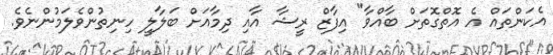
އެކަންތައް އެ އޮތްގޮތަށް ބާއްވާ" އިފާޒް ރީޝާ އާއި ދިމާއަށް ބަލާލީ ހިނިތުންވެލަމުންނެވެ.